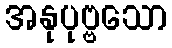
အနုပုဗ္ဗသော